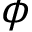
\boldsymbol { \phi }